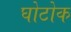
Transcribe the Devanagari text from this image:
घोटोक